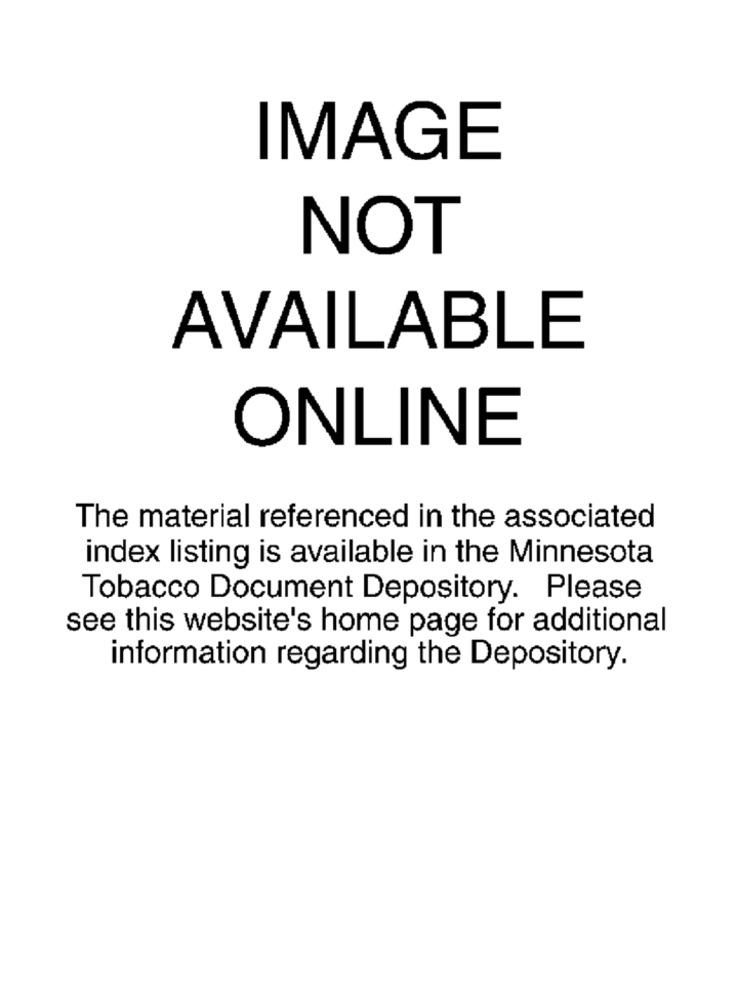
IMAGE
NOT
AVAILABLE
ONLINE
The material referenced in the associated
index listing is available in the Minnesota
Tobacco Document Depository. Please
see this website's home page for additional
information regarding the Depository.